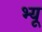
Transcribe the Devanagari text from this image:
भ्यू